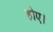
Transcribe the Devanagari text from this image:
होए।